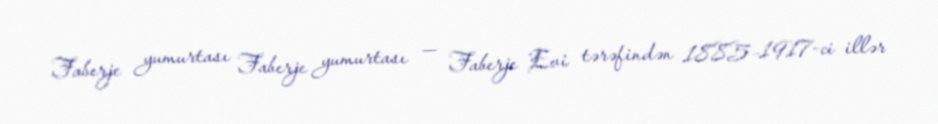
Faberje yumurtası Faberje yumurtası — Faberje Evi tərəfindən 1885–1917-ci illər